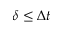
\delta \leq \Delta t